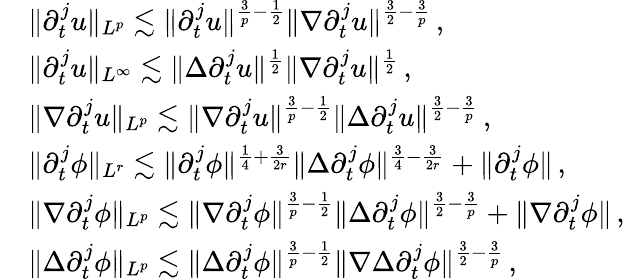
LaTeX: \begin{array}{rl}&{\| \partial_{t}^{j}u\| _{L^{p}}\lesssim\| \partial_{t}^{j}u\| ^{\frac{3}{p}-\frac{1}{2}}\| \nabla\partial_{t}^{j}u\| ^{\frac{3}{2}-\frac{3}{p}}\, ,}\\ &{\| \partial_{t}^{j}u\| _{L^{\infty}}\lesssim\| \Delta\partial_{t}^{j}u\| ^{\frac{1}{2}}\| \nabla\partial_{t}^{j}u\| ^{\frac{1}{2}}\, ,}\\ &{\| \nabla\partial_{t}^{j}u\| _{L^{p}}\lesssim\| \nabla\partial_{t}^{j}u\| ^{\frac{3}{p}-\frac{1}{2}}\| \Delta\partial_{t}^{j}u\| ^{\frac{3}{2}-\frac{3}{p}}\, ,}\\ &{\| \partial_{t}^{j}\phi\| _{L^{r}}\lesssim\| \partial_{t}^{j}\phi\| ^{\frac{1}{4}+\frac{3}{2r}}\| \Delta\partial_{t}^{j}\phi\| ^{\frac{3}{4}-\frac{3}{2r}}+\| \partial_{t}^{j}\phi\| \, ,}\\ &{\| \nabla\partial_{t}^{j}\phi\| _{L^{p}}\lesssim\| \nabla\partial_{t}^{j}\phi\| ^{\frac{3}{p}-\frac{1}{2}}\| \Delta\partial_{t}^{j}\phi\| ^{\frac{3}{2}-\frac{3}{p}}+\| \nabla\partial_{t}^{j}\phi\| \, ,}\\ &{\| \Delta\partial_{t}^{j}\phi\| _{L^{p}}\lesssim\| \Delta\partial_{t}^{j}\phi\| ^{\frac{3}{p}-\frac{1}{2}}\| \nabla\Delta\partial_{t}^{j}\phi\| ^{\frac{3}{2}-\frac{3}{p}}\, ,}\end{array}